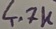
Text: 4.7K